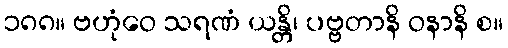
၁၈၈။ ဗဟုံဝေ သရဏံ ယန္တိ၊ ပဗ္ဗတာနိ ဝနာနိ စ။